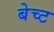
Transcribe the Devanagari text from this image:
बेच्ट